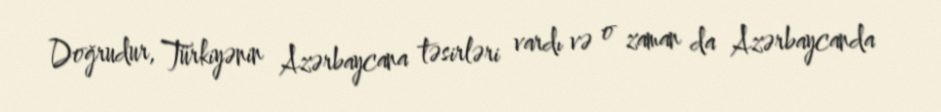
Doğrudur, Türkiyənin Azərbaycana təsirləri vardı və o zaman da Azərbaycanda